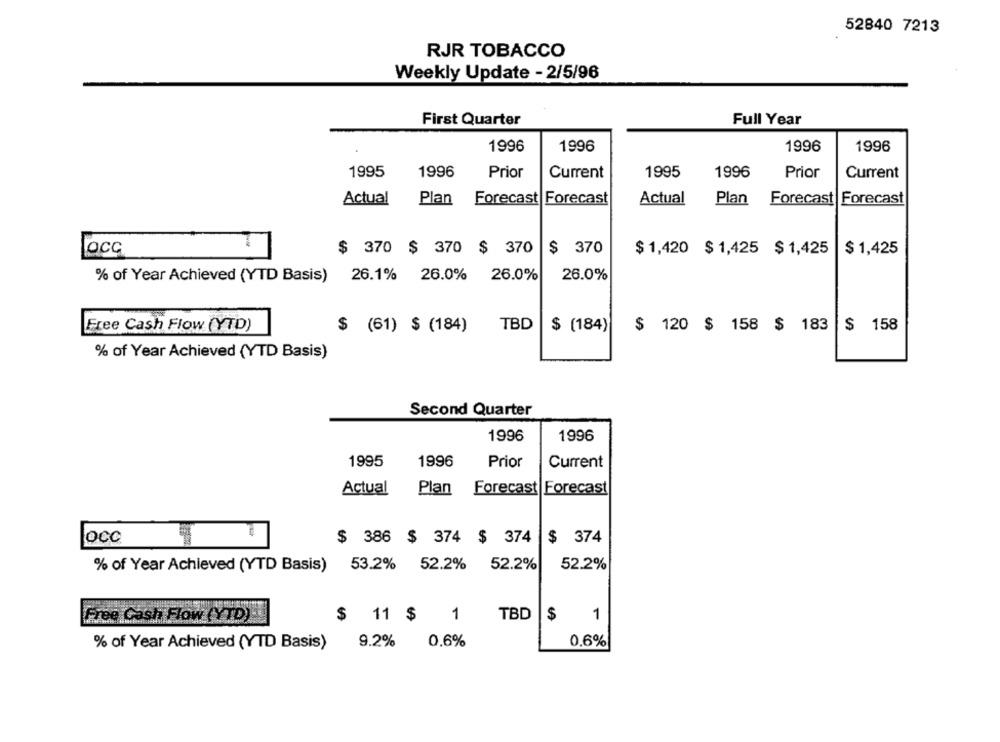
52840 7213
RJR TOBACCO
Weekly Update - 2/5/96
First Quarter
Full Year
1996
1996
1996
1996
1995
1996
Prior
Current
1995
1996
Prior
Current
Actual
Plan
Forecast Forecast
Actual
Plan
Forecast Forecast
occ
$ 370 $ 370 $ 370
$ 370
$ 1,420 $ 1,425 $ 1,425
$ 1,425
% of Year Achieved (YTD Basis) 26.1% 26.0% 26.0%
26.0%
TBD
$ 120 $ 158 $ 183 $ 158
Free Cash Flow (YTD)
$ (61) $ (184)
$ (184)
% of Year Achieved (YTD Basis)
Second Quarter
1996
1996
1995
1996
Prior
Current
Actual
Forecast Forecast
Plan
Occ
$ 386 $ 374 $ 374
$ 374
% of Year Achieved (YTD Basis) 53.2% 52.2% 52.2%
52.2%
Free Cash Flow (YTD)
$ 11 $ 1
TBD
$
1
% of Year Achieved (YTD Basis)
9.2%
0.6%
0.6%